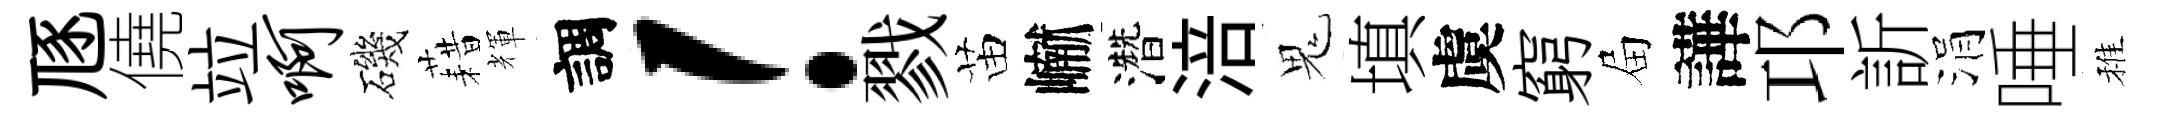
豗僥竝啊磯藉輝調！戮苗𪩘濳涪鬼填虞窮屇譁邛訢涓唾稚